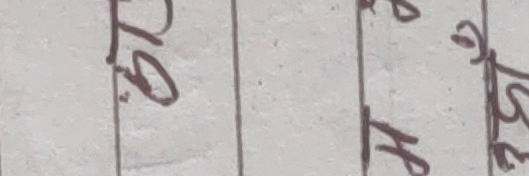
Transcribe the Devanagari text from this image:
डीसं हुह हिंबोल्नु